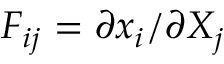
F _ { i j } = \partial x _ { i } / \partial X _ { j }